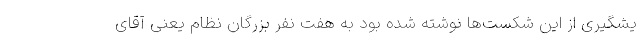
یشگیری از این شکست‌ها نوشته شده بود به هفت نفر بزرگان نظام یعنی آقای